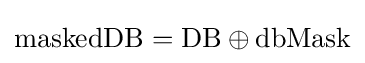
\mathrm {maskedDB} =\mathrm {DB} \oplus \mathrm {dbMask}